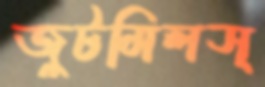
জুটমিলস্